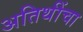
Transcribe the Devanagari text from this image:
अतिथींचा